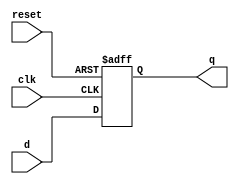
module dff_async_clear (
  input wire clk,
  input wire reset,
  input wire d,
  output reg q
);

always @(posedge clk or posedge reset)
  if (reset)
    q <= 1'b0;
  else
    q <= d;

endmodule